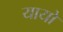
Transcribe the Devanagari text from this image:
यायो